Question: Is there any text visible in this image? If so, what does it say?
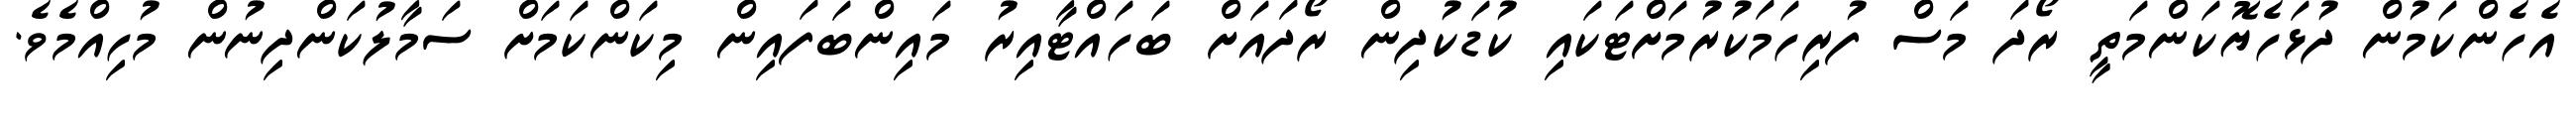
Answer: އެހެންކަމުން ދުޅަހެޔޮކަންމަތީ ރޯދަ މަސް ފުރިހަމަކުރުމަށްޓަކައި ކުޑަކުދިން ރޯދައަށް ބަހައްޓާއިރު މައިންބަފައިން މިކަންކަމަށް ސަމާލުކަންދިނުން މުހިއްމެވެ.